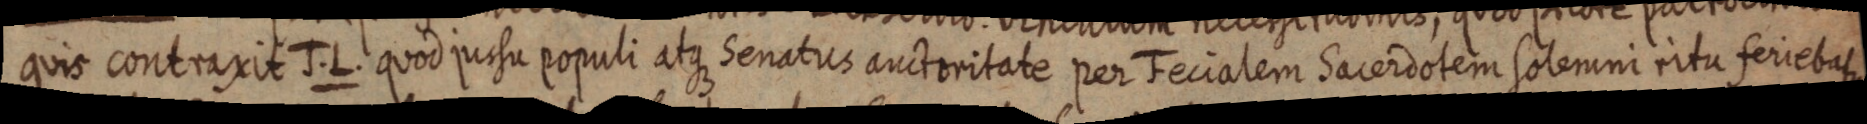
quis contraxit J. L. quod jussu populi atque Senatus auctoritate per Fecialem Sacerdotem solemni rita ferieti